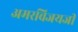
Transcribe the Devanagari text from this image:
अमरविजयजी